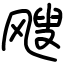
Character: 飕